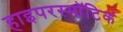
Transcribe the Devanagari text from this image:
हाइपरस्मॉटिक